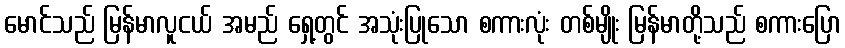
မောင်သည် မြန်မာလူငယ် အမည် ရှေ့တွင် အသုံးပြုသော စကားလုံး တစ်မျိုး မြန်မာတို့သည် စကားပြော